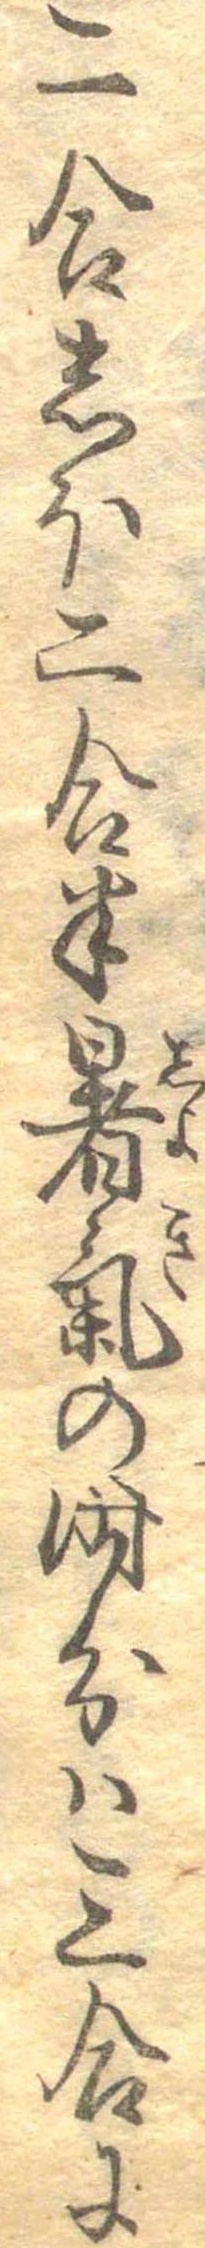
二合しほ二合半暑気の時分は三合に